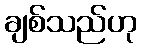
ချစ်သည်ဟု